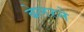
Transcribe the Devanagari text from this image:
बेलरने